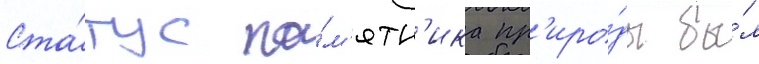
Ста́тус па́м'ятн'ика пр'иро́ды бы́л